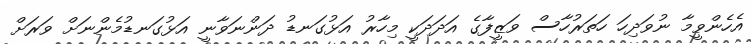
އެހެންވީމާ ނުވަދިހަ ހަތަރުހާސް ވަޒީފާގެ އަދަދަކީ މިހާރު އަޅުގަނޑު ދަންނަވާނީ އަޅުގަނޑުމެންނަށް ވަރަށް